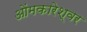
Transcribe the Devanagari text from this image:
ओंमकारेश्‍वर